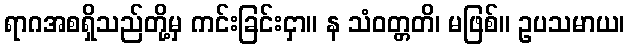
ရာဂအစရှိသည်တို့မှ ကင်းခြင်းငှာ။ န သံဝတ္တတိ၊ မဖြစ်။ ဥပသမာယ၊